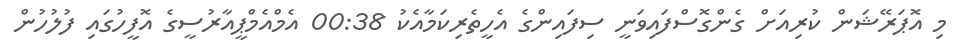
މި އޮޕަރޭޝަން ކުރިއަށް ގެންގޮސްފައިވަނީ ސިފައިންގެ އެހީތެރިކަމާއެކު 00:38 އެމްއެމްޕީއާރުސީގެ އޮފީހުގައި ފުލުހުން